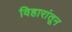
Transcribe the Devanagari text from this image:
विहारांतून